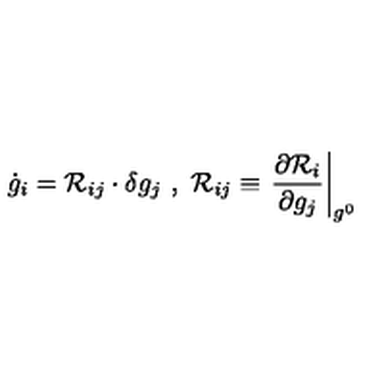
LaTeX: \dot { g } _ { i } = { \cal R } _ { i j } \cdot \delta g _ { j } \ , \ { \cal R } _ { i j } \equiv \left. \frac { \partial { \cal R } _ { i } } { \partial g _ { j } } \right| _ { g ^ { 0 } }